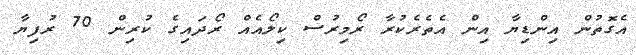
އެގޮތުން އިންޑިޔާ އިން އެތެރެކުރާ ރޯމިރުސް ކިލޯއެއް ރޯދައިގެ ކުރިން 70 ރުފިޔާ